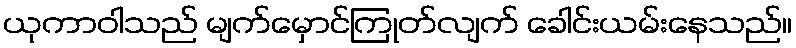
ယုကာဝါသည် မျက်မှောင်ကြုတ်လျက် ခေါင်းယမ်းနေသည်။